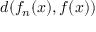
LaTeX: d ( f _ { n } ( x ) , f ( x ) )